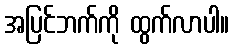
အပြင်ဘက်ကို ထွက်လာပါ။